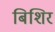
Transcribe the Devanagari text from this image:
बिशिर